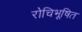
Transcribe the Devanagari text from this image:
रोचिभूषित